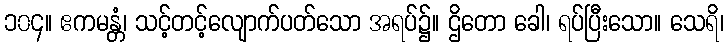
၁၀၄။ ဧကမန္တံ၊ သင့်တင့်လျောက်ပတ်သော အရပ်၌။ ဌိတော ခေါ၊ ရပ်ပြီးသော။ သေရိ၊